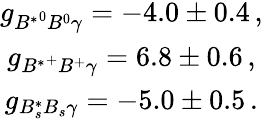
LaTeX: \begin{array}{c}{{g_{{B^{\ast}}^{0}B^{0}\gamma}=-4.0\pm 0.4\, ,}}\\ {{g_{{B^{\ast}}^{+}B^{+}\gamma}=6.8\pm 0.6\, ,}}\\ {{g_{B_{s}^{\ast}B_{s}\gamma}=-5.0\pm 0.5\, .}}\end{array}